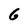
Character: 6